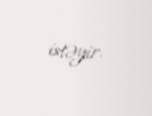
istəyir.